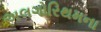
અલગોરિથમના